Indian journal of veterinary science and animal husbandry - Volumes 22-23, 1952-1953
Year: 1952
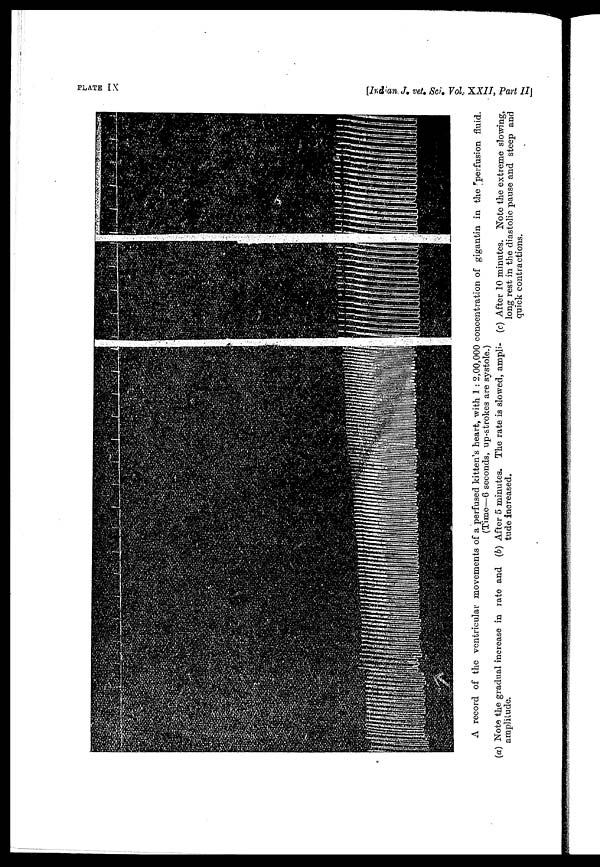
PLATE
IX
[Indian. J. vet. Sci. Vol XXII, Part II]
A record of the ventricular movements of a perfused kitten's heart, with 1 : 2,00,000 concentration of gigantin in the perfusion fluid.
(Time—6 seconds, up-strokes are systole.)
(a) Note the gradual increase in rate and
amplitude.
(b) After 5 minutes. The rate is slowed, ampli-
tude increased.
(c) After 10 minutes. Note the extreme slowing,
long rest in the diastolic pause and steep and
quick contractions.